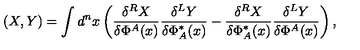
( X , Y ) = \int d ^ { n } x \left( \frac { \delta ^ { R } X } { \delta \Phi ^ { A } ( x ) } \frac { \delta ^ { L } Y } { \delta \Phi _ { A } ^ { * } ( x ) } - \frac { \delta ^ { R } X } { \delta \Phi _ { A } ^ { * } ( x ) } \frac { \delta ^ { L } Y } { \delta \Phi ^ { A } ( x ) } \right) ,